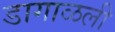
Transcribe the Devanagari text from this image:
डागाळली